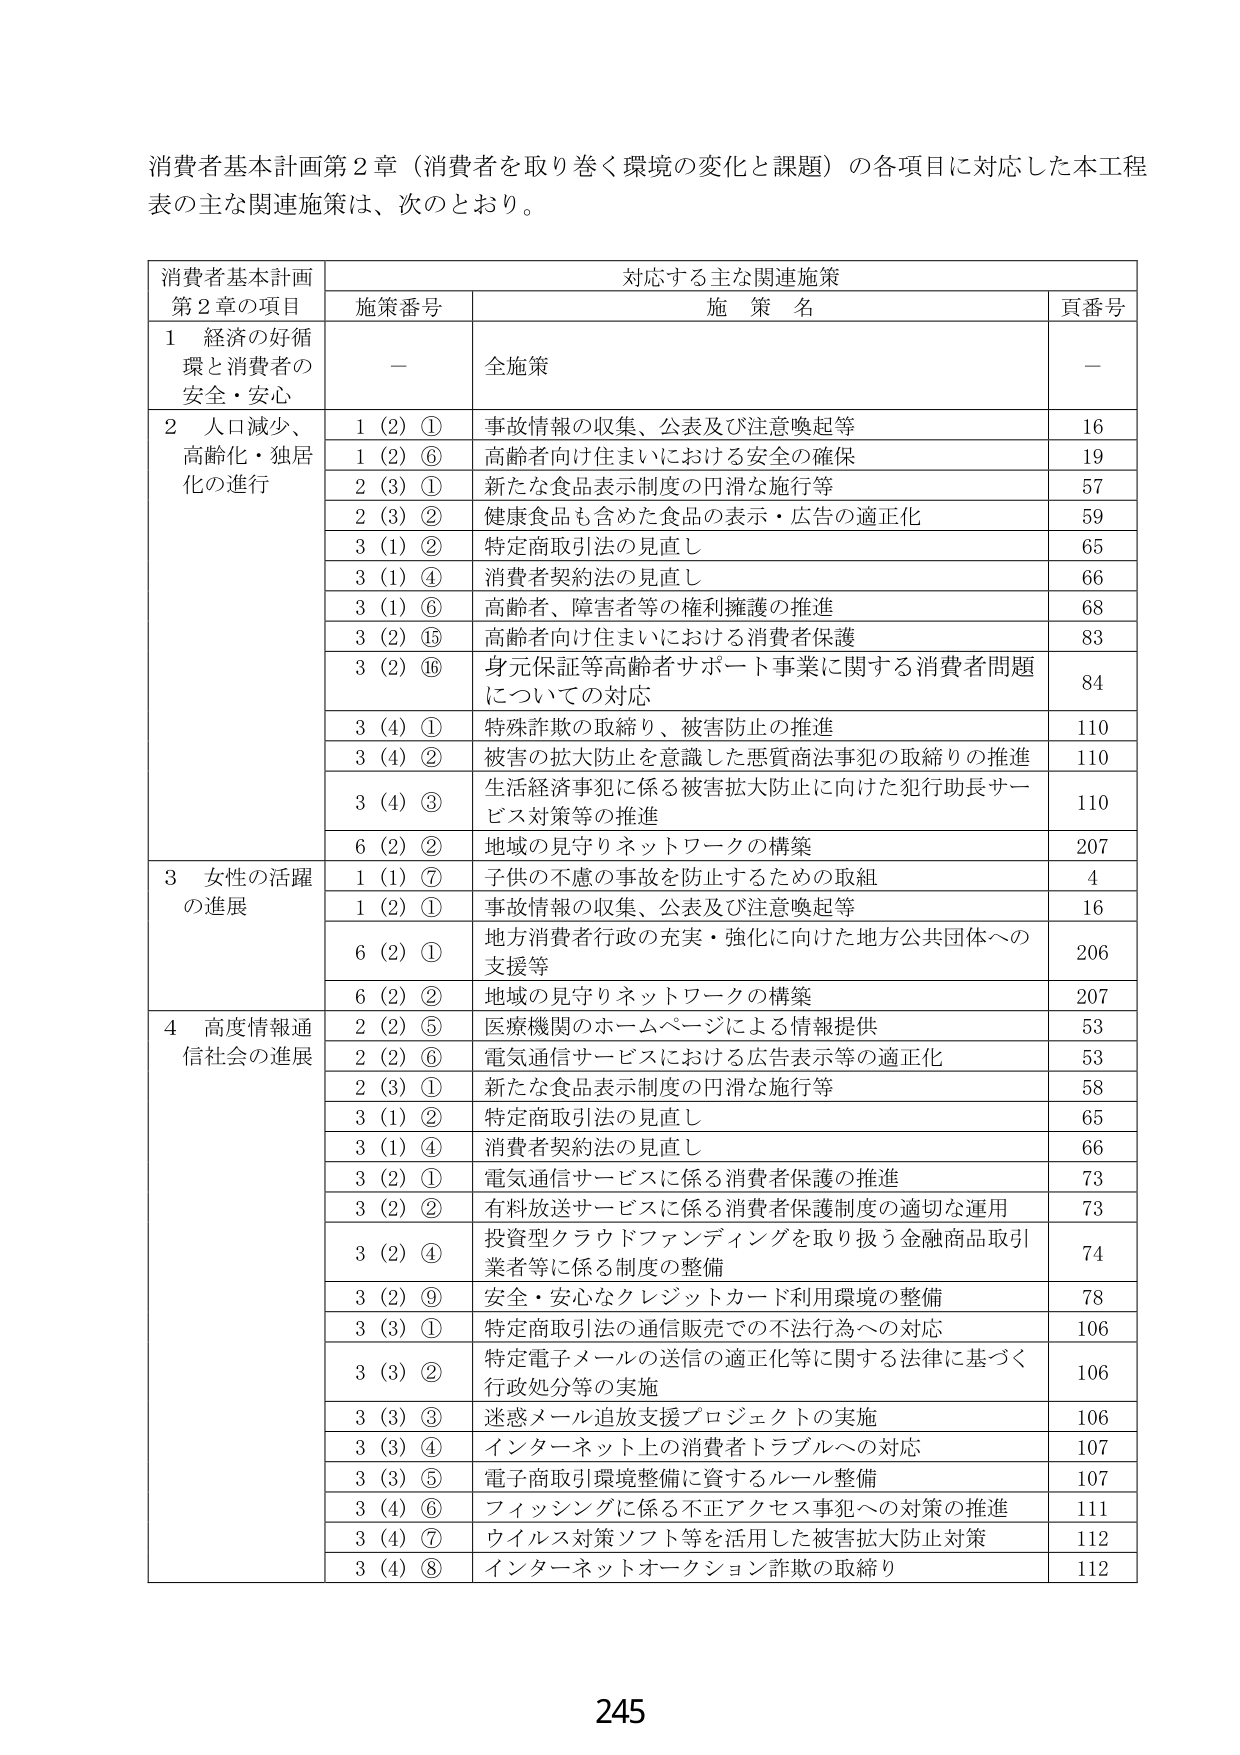
消費者基本計画第２章（消費者を取り巻く環境の変化と課題）の各項目に対応した本工程表の主な関連施策は、次のとおり。

消費者基本計画
第２章の項目	対応する主な関連施策
	施策番号	施策名	頁番号
１ 経済の好循環と消費者の安全・安心	－	全施策	－
２ 人口減少、高齢化・独居化の進行	１（２）①	事故情報の収集、公表及び注意喚起等	16
		１（２）⑥	高齢者向け住まいにおける安全の確保	19
		２（３）①	新たな食品表示制度の円滑な施行等	57
		２（３）②	健康食品も含めた食品の表示・広告の適正化	59
		３（１）②	特定商取引法の見直し	65
		３（１）④	消費者契約法の見直し	66
		３（１）⑥	高齢者、障害者等の権利擁護の推進	68
		３（２）⑮	高齢者向け住まいにおける消費者保護	83
		３（２）⑯	身元保証等高齢者サポート事業に関する消費者問題についての対応	84
		３（４）①	特殊詐欺の取締り、被害防止の推進	110
		３（４）②	被害の拡大防止を意識した悪質商法事犯の取締りの推進	110
		３（４）③	生活経済事犯に係る被害拡大防止に向けた犯行助長サービス対策等の推進	110
		６（２）②	地域の見守りネットワークの構築	207
３ 女性の活躍の進展	１（１）⑦	子供の不慮の事故を防止するための取組	4
		１（２）①	事故情報の収集、公表及び注意喚起等	16
		６（２）①	地方消費者行政の充実・強化に向けた地方公共団体への支援等	206
		６（２）②	地域の見守りネットワークの構築	207
４ 高度情報通信社会の進展	２（２）⑤	医療機関のホームページによる情報提供	53
		２（２）⑥	電気通信サービスにおける広告表示等の適正化	53
		２（３）①	新たな食品表示制度の円滑な施行等	58
		３（１）②	特定商取引法の見直し	65
		３（１）④	消費者契約法の見直し	66
		３（２）①	電気通信サービスに係る消費者保護の推進	73
		３（２）②	有料放送サービスに係る消費者保護制度の適切な運用	73
		３（２）④	投資型クラウドファンディングを取り扱う金融商品取引業者等に係る制度の整備	74
		３（２）⑨	安全・安心なクレジットカード利用環境の整備	78
		３（３）①	特定商取引法の通信販売での不法行為への対応	106
		３（３）②	特定電子メールの送信の適正化等に関する法律に基づく行政処分等の実施	106
		３（３）③	迷惑メール追放支援プロジェクトの実施	106
		３（３）④	インターネット上の消費者トラブルへの対応	107
		３（３）⑤	電子商取引環境整備に資するルール整備	107
		３（４）⑥	フィッシングに係る不正アクセス事犯への対策の推進	111
		３（４）⑦	ウイルス対策ソフト等を活用した被害拡大防止対策	112
		３（４）⑧	インターネットオークション詐欺の取締り	112

245